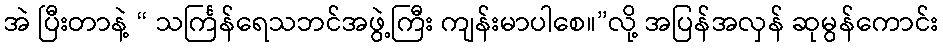
အဲ ပြီးတာနဲ့ “ သင်္ကြန်ရေသဘင်အဖွဲ့ကြီး ကျန်းမာပါစေ။”လို့ အပြန်အလှန် ဆုမွန်ကောင်း